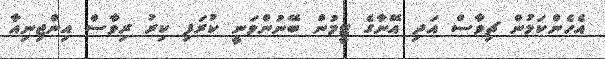
އެހެންކަމުން ޗިވާސް އަދި އޭނާގެ ޓީމުން ބޭނުންވަނީ ކުރަފި ކިރު ރިވާސް އިންޖިނިއާ